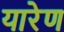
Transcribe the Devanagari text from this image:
यारेण